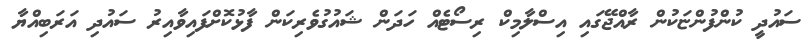
ސައުދީ ކުންފުންޏަކުން ރާއްޖޭގައި އިސްލާމިކް ރިސޯޓެއް ހަދަން ޝައުގުވެރިކަން ފާޅުކޮށްފައިވާއިރު ސައުދި އަރަބިއްޔާ